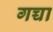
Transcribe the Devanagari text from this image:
गच्चा